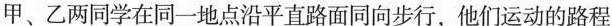
甲、乙两同学在同一地点沿平直路面同向步行，他们运动的路程